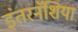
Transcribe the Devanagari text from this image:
इंतरनॅशिया